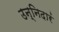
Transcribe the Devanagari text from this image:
उन्निदारं